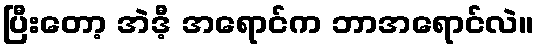
ပြီးတော့ အဲဒီ့ အရောင်က ဘာအရောင်လဲ။